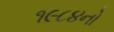
૧૯૮૪નો